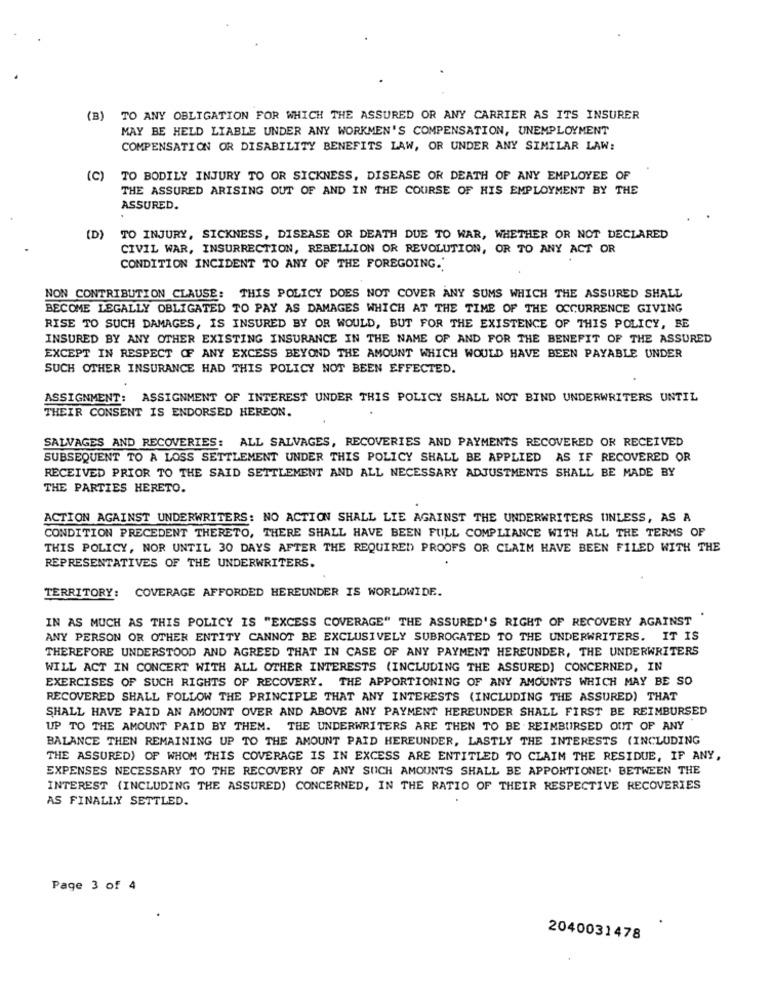
(B) TO ANY OBLIGATION FOR WHICH THE ASSURED OR ANY CARRIER AS ITS INSURER
MAY BE HELD LIABLE UNDER ANY WORKMEN'S COMPENSATION, UNEMPLOYMENT
COMPENSATION OR DISABILITY BENEFITS LAW, OR UNDER ANY SIMILAR LAW:
(C)
TO BODILY INJURY TO OR SICKNESS, DISEASE OR DEATH OF ANY EMPLOYEE OF
THE ASSURED ARISING OUT OF AND IN THE COURSE OF HIS EMPLOYMENT BY THE
ASSURED.
(D)
TO INJURY, SICKNESS, DISEASE OR DEATH DUE TO WAR, WHETHER OR NOT DECLARED
CIVIL WAR, INSURRECTION, REBELLION OR REVOLUTION, OR TO ANY ACT OR
CONDITION INCIDENT TO ANY OF THE FOREGOING.
NON CONTRIBUTION CLAUSE: THIS POLICY DOES NOT COVER ANY SUMS WHICH THE ASSURED SHALL
BECOME LEGALLY OBLIGATED TO PAY AS DAMAGES WHICH AT THE TIME OF THE OCCURRENCE GIVING
RISE TO SUCH DAMAGES, IS INSURED BY OR WOULD, BUT FOR THE EXISTENCE OF THIS POLICY, BE
INSURED BY ANY OTHER EXISTING INSURANCE IN THE NAME OF AND FOR THE BENEFIT OF THE ASSURED
EXCEPT IN RESPECT OF ANY EXCESS BEYOND THE AMOUNT WHICH WOULD HAVE BEEN PAYABLE UNDER
SUCH OTHER INSURANCE HAD THIS POLICY NOT BEEN EFFECTED.
ASSIGNMENT: ASSIGNMENT OF INTEREST UNDER THIS POLICY SHALL NOT BIND UNDERWRITERS UNTIL
THEIR CONSENT IS ENDORSED HEREON.
SALVAGES AND RECOVERIES: ALL SALVAGES, RECOVERIES AND PAYMENTS RECOVERED OR RECEIVED
SUBSEQUENT TO A LOSS SETTLEMENT UNDER THIS POLICY SHALL BE APPLIED AS IF RECOVERED OR
RECEIVED PRIOR TO THE SAID SETTLEMENT AND ALL NECESSARY ADJUSTMENTS SHALL BE MADE BY
THE PARTIES HERETO.
ACTION AGAINST UNDERWRITERS: NO ACTION SHALL LIE AGAINST THE UNDERWRITERS UNLESS, AS A
CONDITION PRECEDENT THERETO, THERE SHALL HAVE BEEN FULL COMPLIANCE WITH ALL THE TERMS OF
THIS POLICY, NOR UNTIL 30 DAYS AFTER THE REQUIRED PROOFS OR CLAIM HAVE BEEN FILED WITH THE
REPRESENTATIVES OF THE UNDERWRITERS.
COVERAGE AFFORDED HEREUNDER IS WORLDWIDE.
TERRITORY:
IN AS MUCH AS THIS POLICY IS "EXCESS COVERAGE" THE ASSURED'S RIGHT OF RECOVERY AGAINST
ANY PERSON OR OTHER ENTITY CANNOT BE EXCLUSIVELY SUBROGATED TO THE UNDERWRITERS. IT IS
THEREFORE UNDERSTOOD AND AGREED THAT IN CASE OF ANY PAYMENT HEREUNDER, THE UNDERWRITERS
WILL ACT IN CONCERT WITH ALL OTHER INTERESTS (INCLUDING THE ASSURED) CONCERNED, IN
EXERCISES OF SUCH RIGHTS OF RECOVERY. THE APPORTIONING OF ANY AMOUNTS WHICH MAY BE SO
RECOVERED SHALL FOLLOW THE PRINCIPLE THAT ANY INTERESTS (INCLUDING THE ASSURED) THAT
SHALL HAVE PAID AN AMOUNT OVER AND ABOVE ANY PAYMENT HEREUNDER SHALL FIRST BE REIMBURSED
UP TO THE AMOUNT PAID BY THEM. THE UNDERWRITERS ARE THEN TO BE REIMBURSED OUT OF ANY
BALANCE THEN REMAINING UP TO THE AMOUNT PAID HEREUNDER, LASTLY THE INTERESTS (INCLUDING
THE ASSURED) OF WHOM THIS COVERAGE IS IN EXCESS ARE ENTITLED TO CLAIM THE RESIDUE, IF ANY,
EXPENSES NECESSARY TO THE RECOVERY OF ANY SUCH AMOUNTS SHALL BE APPORTIONED BETWEEN THE
INTEREST (INCLUDING THE ASSURED) CONCERNED, IN THE RATIO OF THEIR RESPECTIVE RECOVERIES
AS FINALLY SETTLED.
Page 3 of 4
2040031478